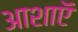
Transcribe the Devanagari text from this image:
आशाऍ